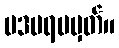
ပဒပရမမှတ်။